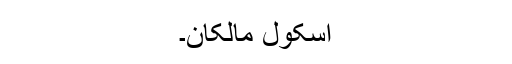
اسکول مالکان۔